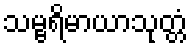
သမ္ဗရိမာယာသုတ္တံ